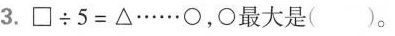
3.$$\Box \div 5 = △ …… \circ$$，\circ 最大是( )。